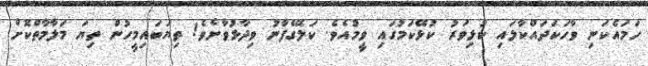
ހަމައެކަނި ވާހަކަދައްކާލައި ކުޅިވަރު ކުޅޭކަމުގައި ވީމުއެވެ. ކަލޭގެފާނު ވިދާޅުވާށެވެ! ތިޔަބައިމީހުން ތިޔަ މަލާމާތްކޮށް